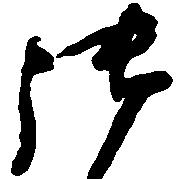
御